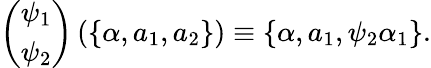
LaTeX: \left(\begin{array}{c}{{\psi_{1}}}\\ {{\psi_{2}}}\end{array}\right)\left(\left\{ \alpha,a_{1},a_{2}\right\} \right)\equiv\left\{ \alpha,a_{1},\psi_{2}\alpha_{1}\right\} .